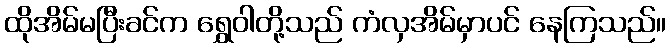
ထိုအိမ်မပြီးခင်က ရွှေဝါတို့သည် ကံလှအိမ်မှာပင် နေကြသည်။